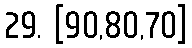
29. [90,80,70]